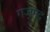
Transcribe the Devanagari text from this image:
गजमद